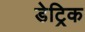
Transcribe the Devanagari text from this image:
डेट्रिक